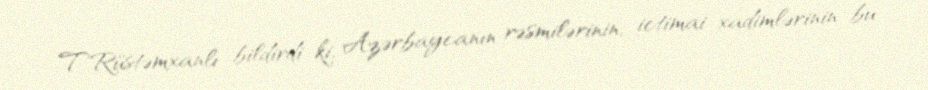
T.Rüstəmxanlı bildirdi ki, Azərbaycanın rəsmilərinin, ictimai xadimlərinin bu